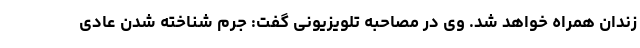
زندان همراه خواهد شد. وی در مصاحبه تلویزیونی گفت: جرم شناخته شدن عادی